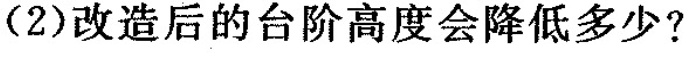
(2)改造后的台阶高度会降低多少?